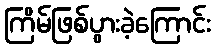
ကြိမ်ဖြစ်ပွားခဲ့ကြောင်း